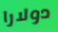
دولارا